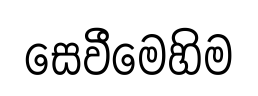
සෙවීමෙහිම